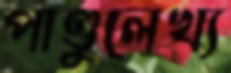
পাণ্ডুলেখ্য